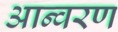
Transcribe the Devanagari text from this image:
आन्वरण